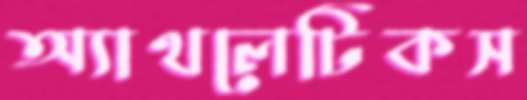
অ্যাথলেটিকস